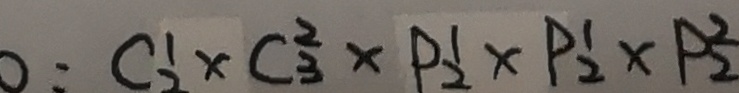
O : C _ { 2 } ^ { 1 } \times C _ { 2 } ^ { 3 } \times P _ { 2 } ^ { 1 } \times P _ { 2 } ^ { 1 } \times P _ { 2 } ^ { 2 }